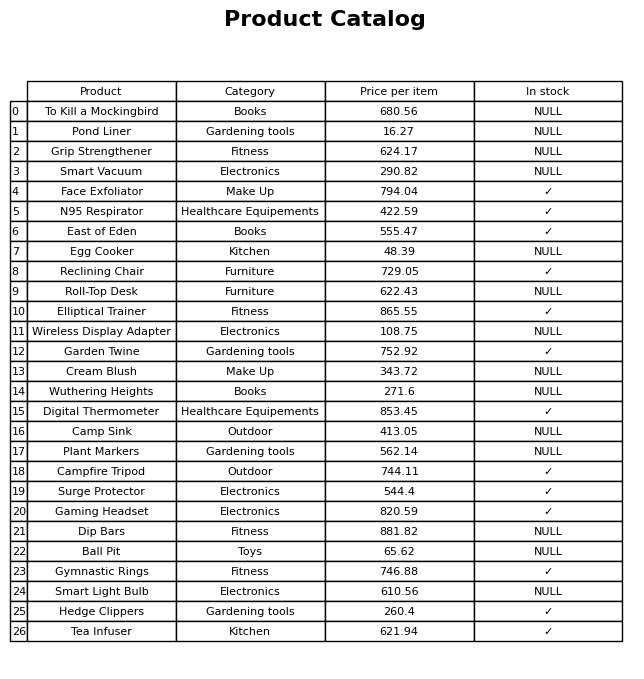
question: What is the price of the Campfire Tripod?
answer: The price of Campfire Tripod is 744.11.